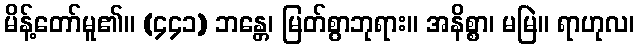
မိန့်တော်မူ၏။ (၄၄၁) ဘန္တေ၊ မြတ်စွာဘုရား။ အနိစ္စာ၊ မမြဲ။ ရာဟုလ၊